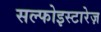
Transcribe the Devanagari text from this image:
सल्फोइस्टारेज़